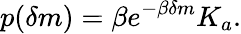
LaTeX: p(\delta m)=\beta e^{-\beta\delta m}K_{a}.